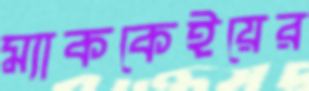
ম্যাককেইয়ের